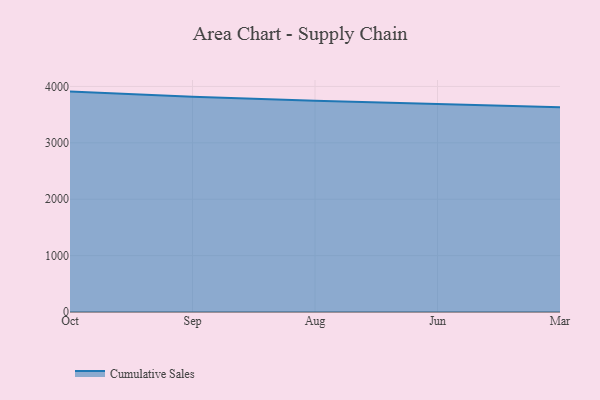
{"axis": {"x": "Month", "y": "Headcount"}, "legend": ["Cumulative Sales"], "data": [{"x": "Oct", "y": 3908.8, "type": "Cumulative Sales"}, {"x": "Sep", "y": 3817.3, "type": "Cumulative Sales"}, {"x": "Aug", "y": 3745.4, "type": "Cumulative Sales"}, {"x": "Jun", "y": 3681.4, "type": "Cumulative Sales"}, {"x": "Mar", "y": 3630.7, "type": "Cumulative Sales"}]}